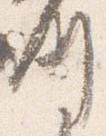
例